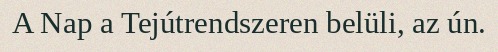
A Nap a Tejútrendszeren belüli, az ún.